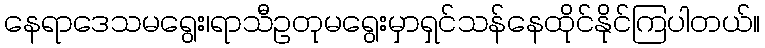
နေရာဒေသမရွေး၊ရာသီဥတုမရွေးမှာရှင်သန်နေထိုင်နိုင်ကြပါတယ်။